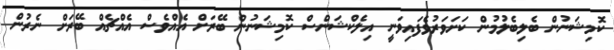
ކޮމިޝަނުން ބެލިބެލުމުން ކަށަވަރުވެފައިވަނީ އިލެކްޝަންސް ކޮމިޝަނުން ބޭރަށް އެއްވެސް އެއްޗެއް ބޭރަށް ނެރުން